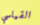
القياسي